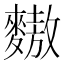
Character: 𪍮